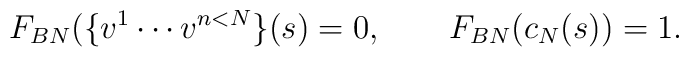
F_{BN}(\{v^1\cdots v^{n<N}\}(s)=0, \qquad F_{BN}(c_N(s))=1.